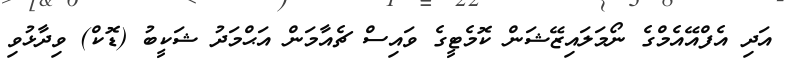
އަދި އެފްއޭއެމްގެ ނޯމަލައިޒޭޝަން ކޮމެޓީގެ ވައިސް ޗެއާމަން އަޙްމަދު ޝަކީބު (ޑޮކް) ވިދާޅުވި